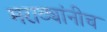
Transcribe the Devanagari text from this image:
मराठ्यांनीच